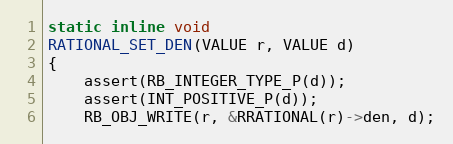
Language: C
static inline void
RATIONAL_SET_DEN(VALUE r, VALUE d)
{
    assert(RB_INTEGER_TYPE_P(d));
    assert(INT_POSITIVE_P(d));
    RB_OBJ_WRITE(r, &RRATIONAL(r)->den, d);